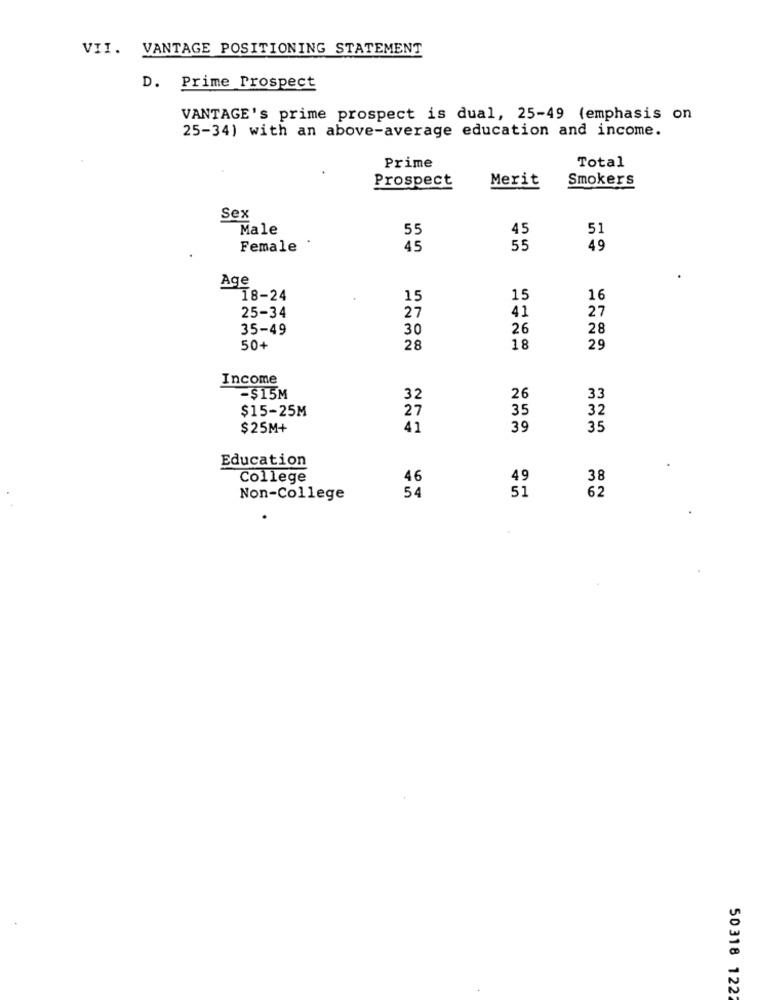
VII. VANTAGE POSITIONING STATEMENT
D. Prime Prospect
VANTAGE's prime prospect is dual, 25-49 (emphasis on
25-34) with an above-average education and income.
Total
Prime
Prospect
Merit
Smokers
Sex
Male
55
45
51
Female
45
55
49
Age
18-24
15
15
16
25-34
41
27
27
35-49
30
26
28
50+
28
18
29
Income
-$15M
32
26
33
$15-25M
27
35
32
$25M+
41
39
35
Education
College
46
38
Non-College
54
62
50318 1222